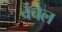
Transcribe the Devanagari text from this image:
वैचेल